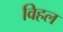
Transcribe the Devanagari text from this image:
विहल